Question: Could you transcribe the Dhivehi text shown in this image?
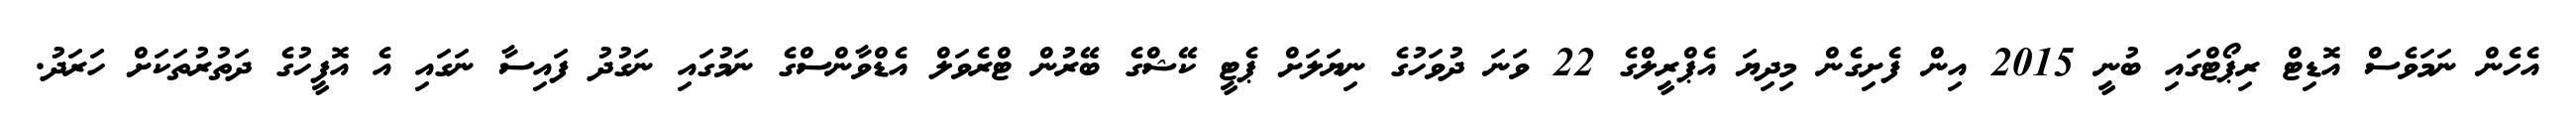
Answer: އެހެން ނަމަވެސް އޮޑިޓް ރިޕޯޓްގައި ބުނީ 2015 އިން ފެށިގެން މިދިޔަ އެޕްރީލްގެ 22 ވަނަ ދުވަހުގެ ނިޔަލަށް ޕެޓީ ކޭޝްގެ ބޭރުން ޓްރެވަލް އެޑްވާންސްގެ ނަމުގައި ނަގުދު ފައިސާ ނަގައި އެ އޮފީހުގެ ދަތުރުތަކަށް ހަރަދު.